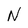
Character: N